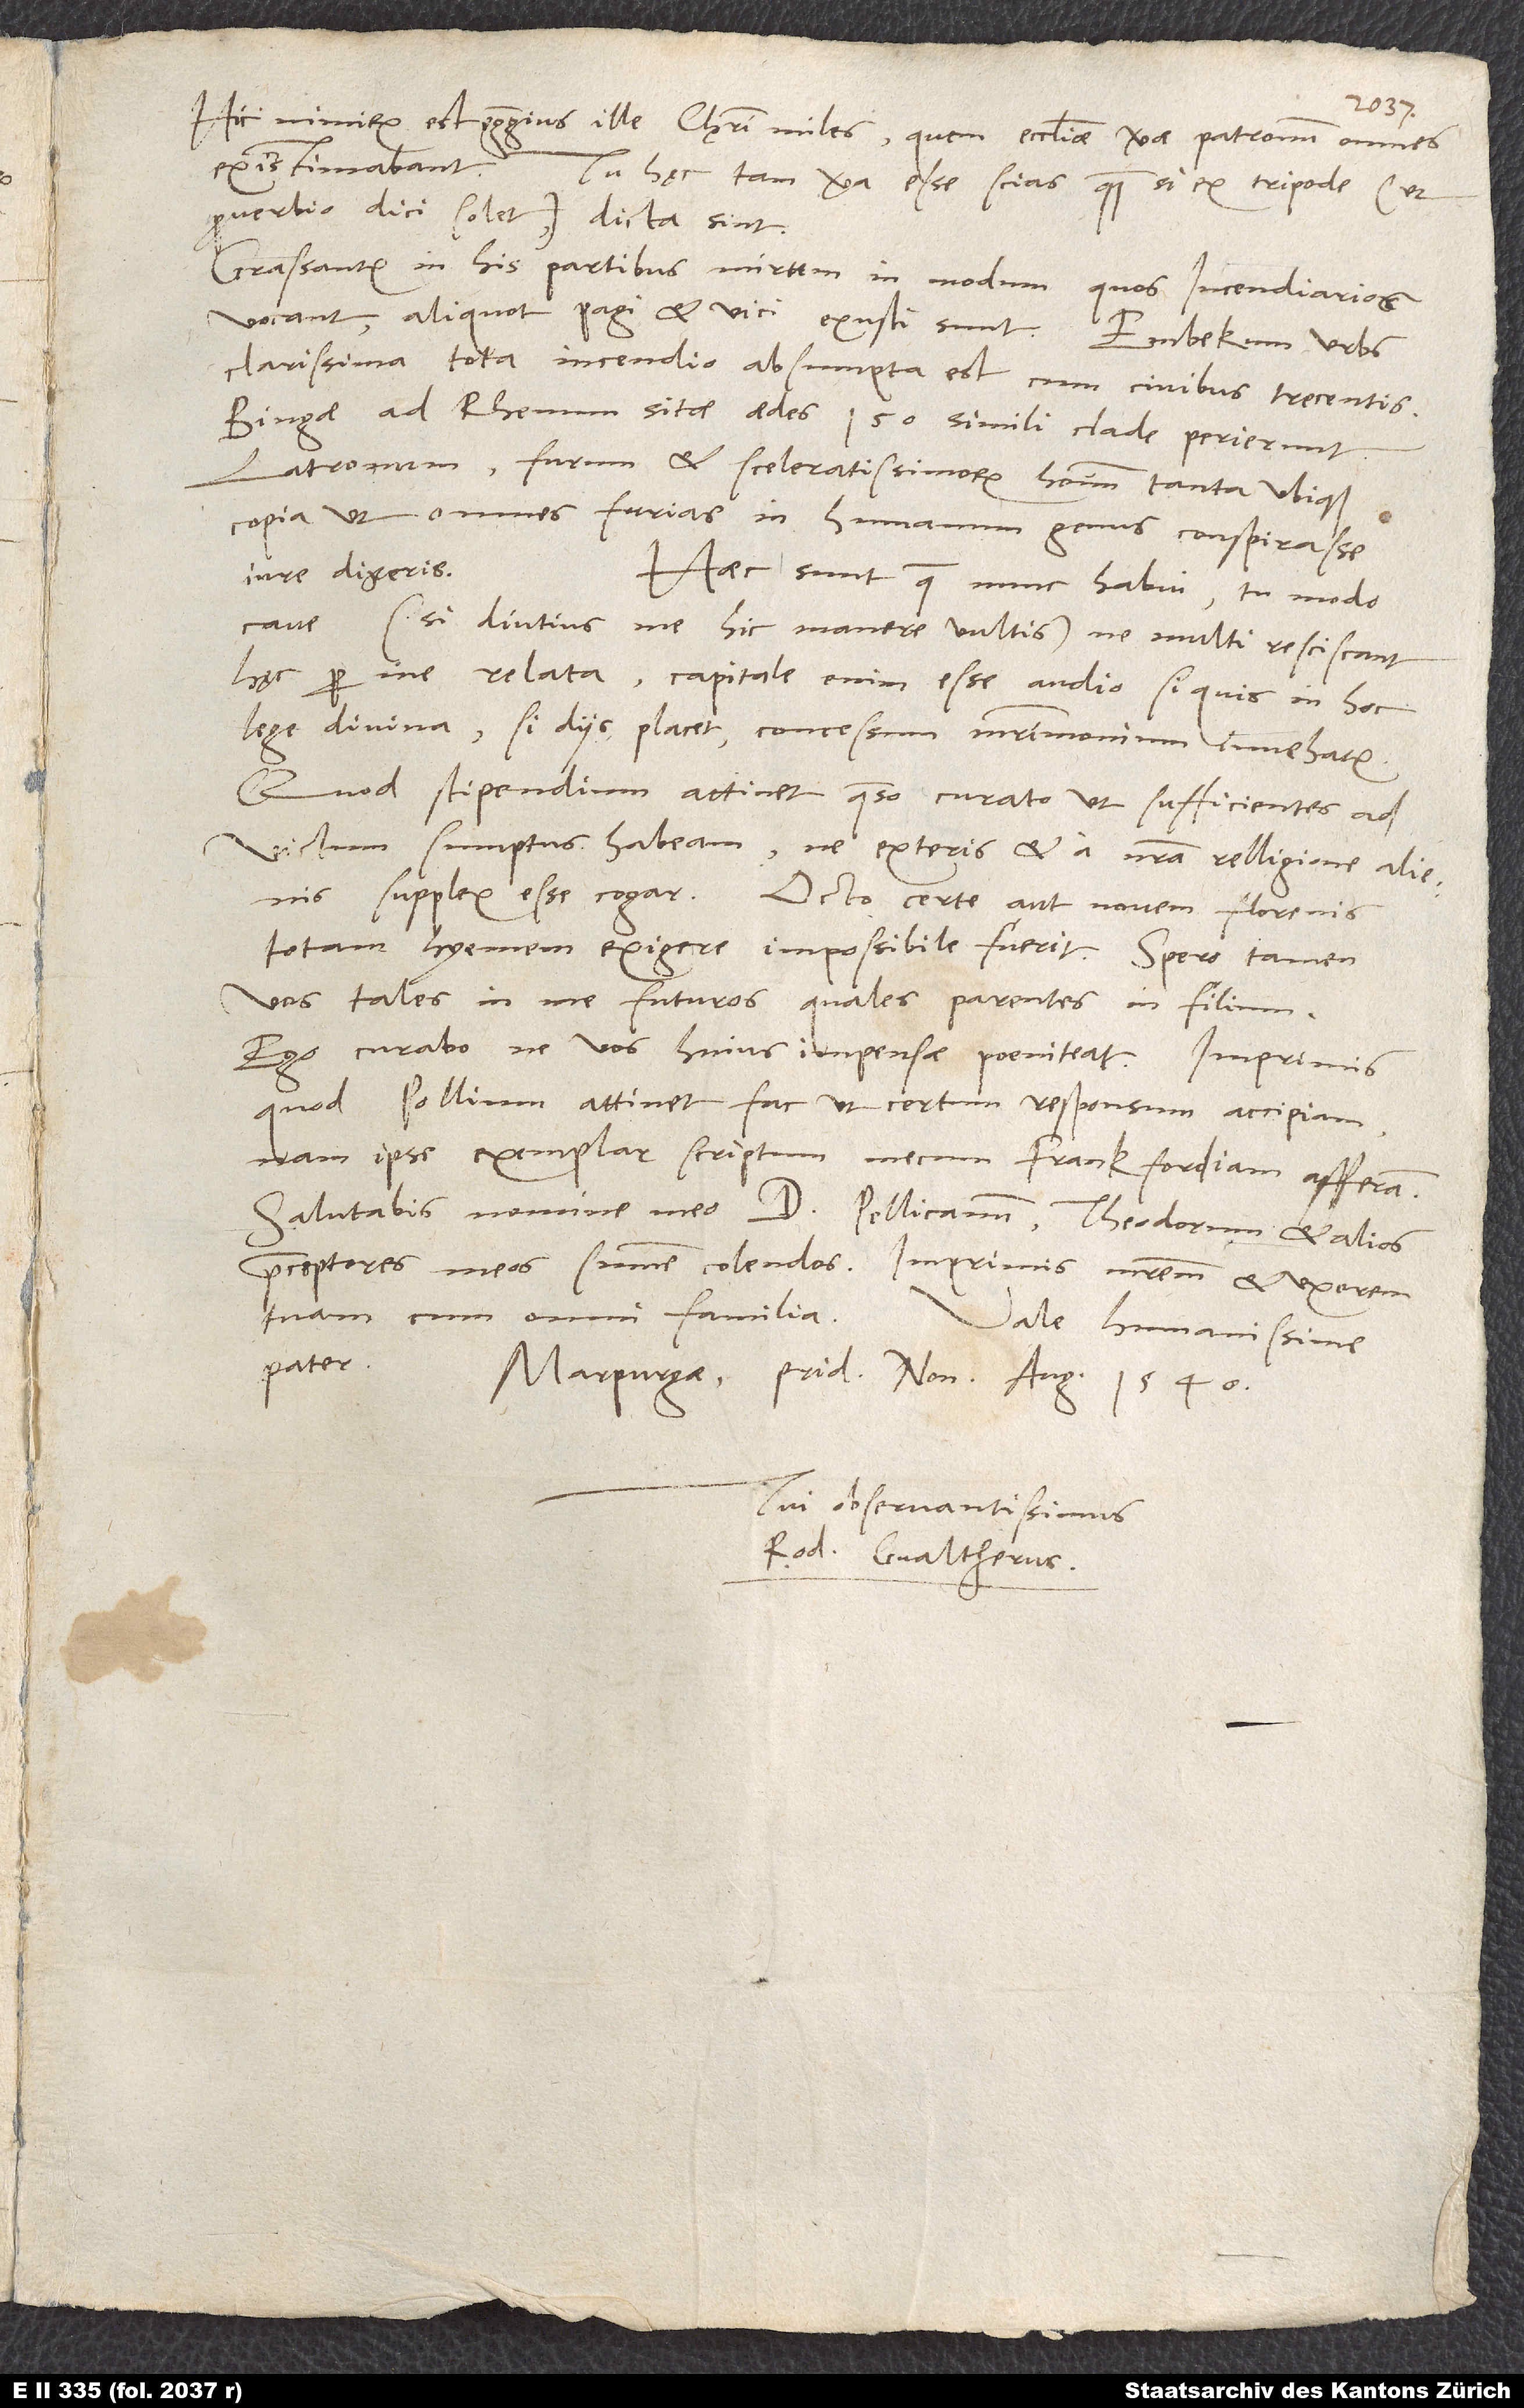
Hic nimirum est egregius ille Christi miles, quem ecclesiae verae patronum omnes
existimabant. Tu hęc tam vera esse scias, quam si ex tripode (ut
proverbio dici solet) dicta sint.
Grassantur in his partibus mirum in modum, quos incendiarios
vocant; aliquot pagi et vici exusti sunt. Embekum, urbs
clarissima, tota incendio absumpta est cum civibus trecentis.
Bingae ad Rhenum sitae aedes 150 simili clade perierunt.
Latronum, furum et sceleratissimorum hominum tanta ubique
copia, ut omnes furias in humanum genus conspirasse
iure dixeris.
Haec sunt, quae nunc habui; tu modo
cave (si diutius me hic manere vultis), ne multi resciscant
hęc per me relata. Capitale enim esse audio, si quis in hoc
lege divina, si diis placet, concessum matrimonium invehatur.
Quod stipendium attinet, quaeso, curato, ut sufficientes ad
victum sumptus habeam, ne exteris et a nostra relligione alienis
supplex esse cogar. Octo certe aut novem florenis
totam hyemem exigere impossibile fuerit. Spero tamen
vos tales in me futuros, quales parentes in filium.
Ego curabo, ne vos huius impensae poeniteat. Imprimis
quod Pollium attinet, fac, ut certum responsum accipiam,
nam ipse exemplar scriptum mecum Frankfordiam afferam.
Salutabis nomine meo d. Pellicanum, Theodorum et alios
praeceptores meos summe colendos, imprimis matrem et uxorem
tuam cum omni familia.
Vale, humanissime
Marpurgae, pridie nonas augusti 1540.
Tui observantissimus
Rod. Gvaltherus.